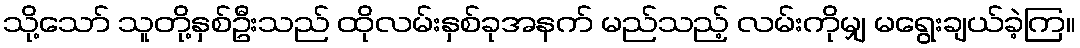
သို့သော် သူတို့နှစ်ဦးသည် ထိုလမ်းနှစ်ခုအနက် မည်သည့် လမ်းကိုမျှ မရွေးချယ်ခဲ့ကြ။